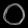
Digit: ၀